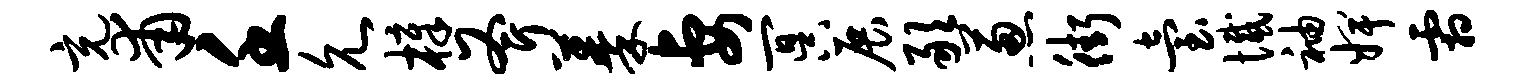
充甫壬允樟斧蓁妻冥展敢葱街台憾袖婢霜